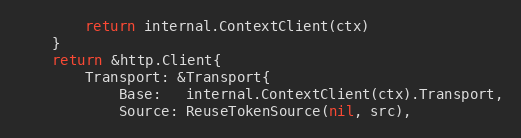
Language: Go
		return internal.ContextClient(ctx)
	}
	return &http.Client{
		Transport: &Transport{
			Base:   internal.ContextClient(ctx).Transport,
			Source: ReuseTokenSource(nil, src),